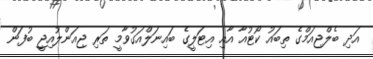
އަދި ބެލްޖިއަމްގެ ތިބައު ކޯޓުއާ އާއި އިޓަލީގެ ބައިނަލްއަގުވާމީ ތަރި ޖިއަންލުއިޖީ ބުފަން